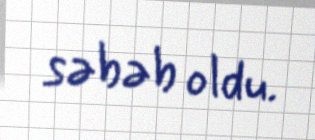
səbəb oldu.